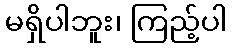
မရှိပါဘူး၊ ကြည့်ပါ